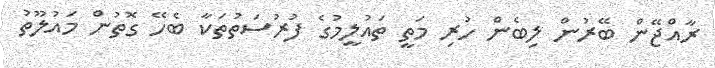
ރާއްޖޭން ބޭރުން ލިބެން ހުރި މަތީ ތައުލީމުގެ ފުރުސަތުތަކާ ބެހޭ ގޮތުން މައުލޫތު